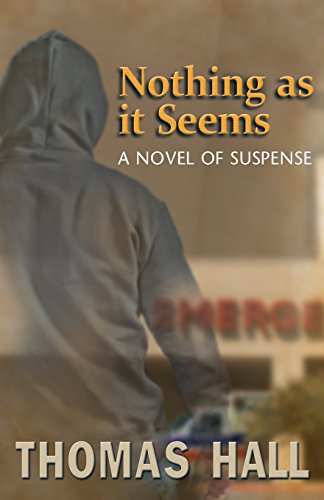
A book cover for Nothing as it Seems: A Novel of Suspense; Thomas Hall; Literature & Fiction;